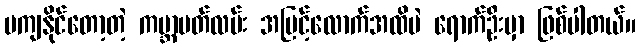
မကျနိုင်တော့တဲ့ ကမ္ဘာပတ်လမ်း အမြင့်လောက်အထိပဲ ရောက်ဦးမှာ ဖြစ်ပါတယ်။